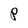
Character: P